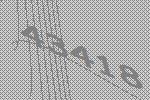
43418